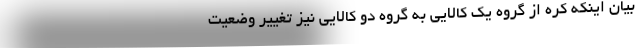
بیان اینکه کره از گروه یک کالایی به گروه دو کالایی نیز تغییر وضعیت